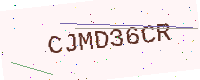
Text: CJMD36CR